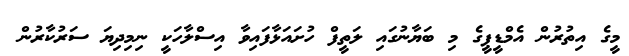
މީގެ އިތުރުން އެމްޑީޕީގެ މި ބަޔާނުގައި ލަތީފް ހުށައަޅާފައިވާ އިސްލާހަކީ ނިމިދިޔަ ސަރުކާރުން